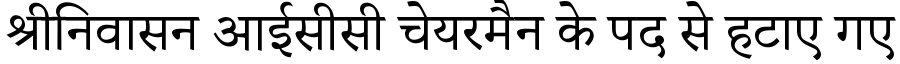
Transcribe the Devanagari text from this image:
श्रीनिवासन आईसीसी चेयरमैन के पद से हटाए गए